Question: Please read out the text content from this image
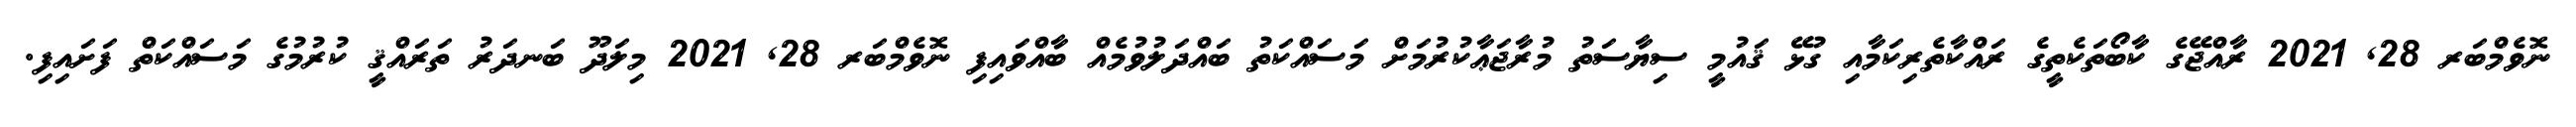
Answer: ނޮވެމްބަރ 28, 2021 ރާއްޖޭގެ ކާބޯތަކެތީގެ ރައްކާތެރިކަމާއި ގުޅޭ ޤައުމީ ސިޔާސަތު މުރާޖަޢާކުރުމަށް މަސައްކަތު ބައްދަލުވުމެއް ބާއްވައިފި ނޮވެމްބަރ 28, 2021 މިލަދޫ ބަނދަރު ތަރައްޤީ ކުރުމުގެ މަސައްކަތް ފަށައިފި.